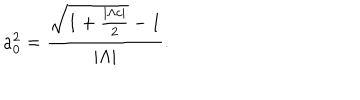
a _ { 0 } ^ { 2 } = \frac { \sqrt { 1 + \frac { { | \Lambda c | } } { 2 } } - 1 } { | { \Lambda | } } .